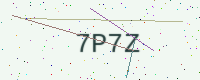
Text: 7P7Z